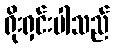
ရိုးရှင်းပါသည်